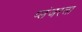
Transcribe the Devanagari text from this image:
प्लंजरला